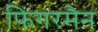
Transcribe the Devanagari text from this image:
फिंगरमैन